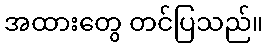
အထားတွေ တင်ပြသည်။